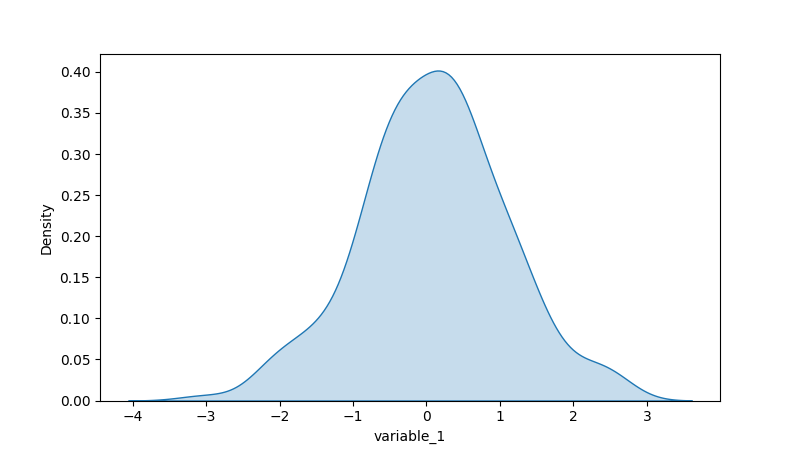
python, seaborn, kdeplot, hue='None', fill=True, bw_adjust=1.0